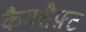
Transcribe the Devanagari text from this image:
कैमशैफ़्ट